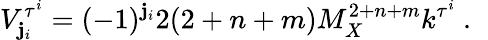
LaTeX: V_{\mathbf{j}_{i}}^{\tau^{i}}=(-1)^{\mathbf{j}_{i}}2(2+n+m)M_{X}^{2+n+m}k^{\tau^{i}}~.~\,